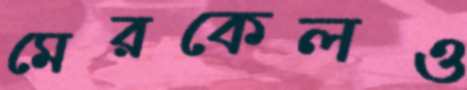
মেরকেলও